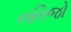
નતિજો